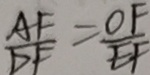
\frac { A F } { D F } = \frac { O F } { E F }